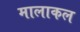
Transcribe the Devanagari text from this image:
मालाकल